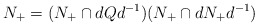
\begin{align*}N_+ = (N_+ \cap dQd^{-1})(N_+ \cap dN_+d^{-1})\end{align*}